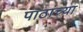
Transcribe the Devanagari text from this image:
पाठांच्या